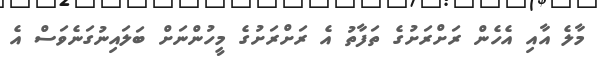
މާލެ އާއި އެހެން ރަށްރަށުގެ ތަފާތު އެ ރަށްރަށުގެ މީހުންނަށް ބަލައިނުގަނެވަސް އެ